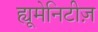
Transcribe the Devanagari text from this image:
ह्यूमेनिटीज़